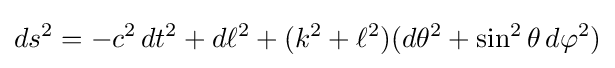
ds^{2}=-c^{2}\,dt^{2}+d\ell ^{2}+(k^{2}+\ell ^{2})(d\theta ^{2}+\sin ^{2}\theta \,d\varphi ^{2})